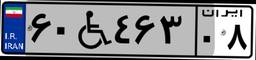
۷۳W۲۷۸۲۳